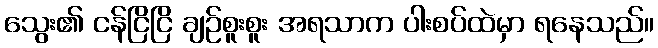
သွေး၏ ငန်ငြိငြိ ချဉ်စူးစူး အရသာက ပါးစပ်ထဲမှာ ရနေသည်။